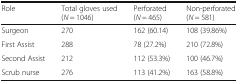
| Role | Total gloves used(N = 1046) | Perforated(N = 465) | Non-perforated(N = 581) |
 | --- | --- | --- | --- |
 | Surgeon | 270 | 162 (60.14) | 108 (39.86%) |
 | First Assist | 288 | 78 (27.2%) | 210 (72.8%) |
 | Second Assist | 212 | 112 (53.3%) | 100 (46.7%) |
 | Scrub nurse | 276 | 113 (41.2%) | 163 (58.8%) |